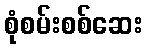
စုံစမ်းစစ်ဆေး